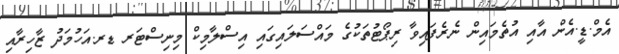
އެމް.ޑީ.އެން އާއި އުތެމައިން ނެރެފައިވާ ރިޕޯޓުތަކުގެ މައްސަލައިގައި އިސްލާމިކް މިނިސްޓަރ ޑރ.އަހުމަދު ޒާހިރާއި